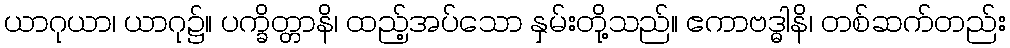
ယာဂုယာ၊ ယာဂု၌။ ပက္ခိတ္တာနိ၊ ထည့်အပ်သော နှမ်းတို့သည်။ ဧကာဗဒ္ဓါနိ၊ တစ်ဆက်တည်း